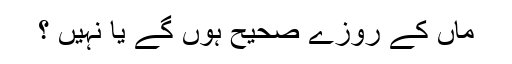
ماں کے روزے صحیح ہوں گے یا نہیں ؟